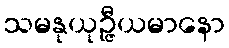
သမနုယုဉ္ဇီယမာနော